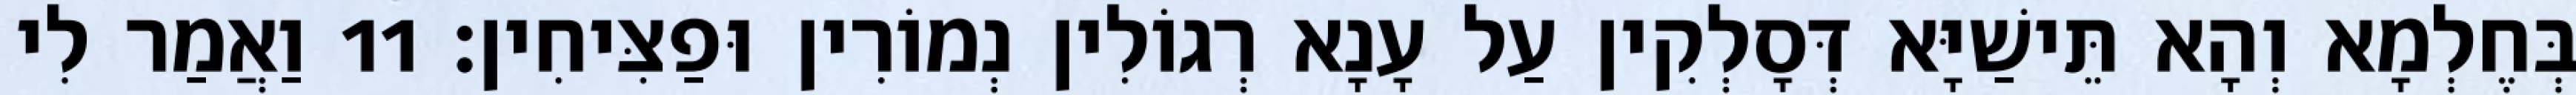
בְּחֶלְמָא וְהָא תֵּישַׁיָּא דְּסָלְקִין עַל עָנָא רְגוֹלִין נְמוֹרִין וּפַצִּיחִין׃ 11 וַאֲמַר לִי